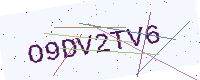
Text: O9DV2TV6